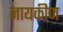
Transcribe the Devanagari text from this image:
नायकीण